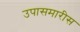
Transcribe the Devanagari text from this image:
उपासमारीस